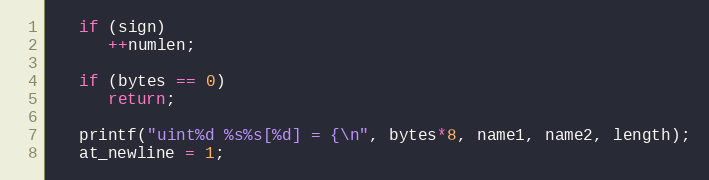
Language: C
   if (sign)
      ++numlen;

   if (bytes == 0)
      return;

   printf("uint%d %s%s[%d] = {\n", bytes*8, name1, name2, length);
   at_newline = 1;